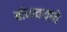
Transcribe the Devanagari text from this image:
बांधावयाचे